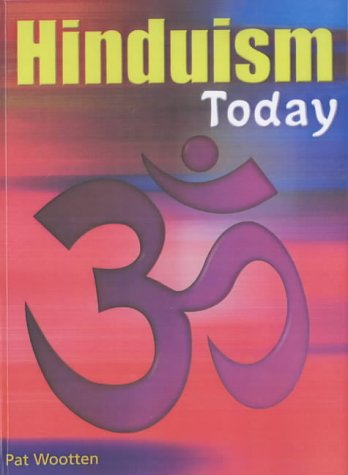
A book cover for Hinduism Today (Religions Today); Andrew Egan; Teen & Young Adult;